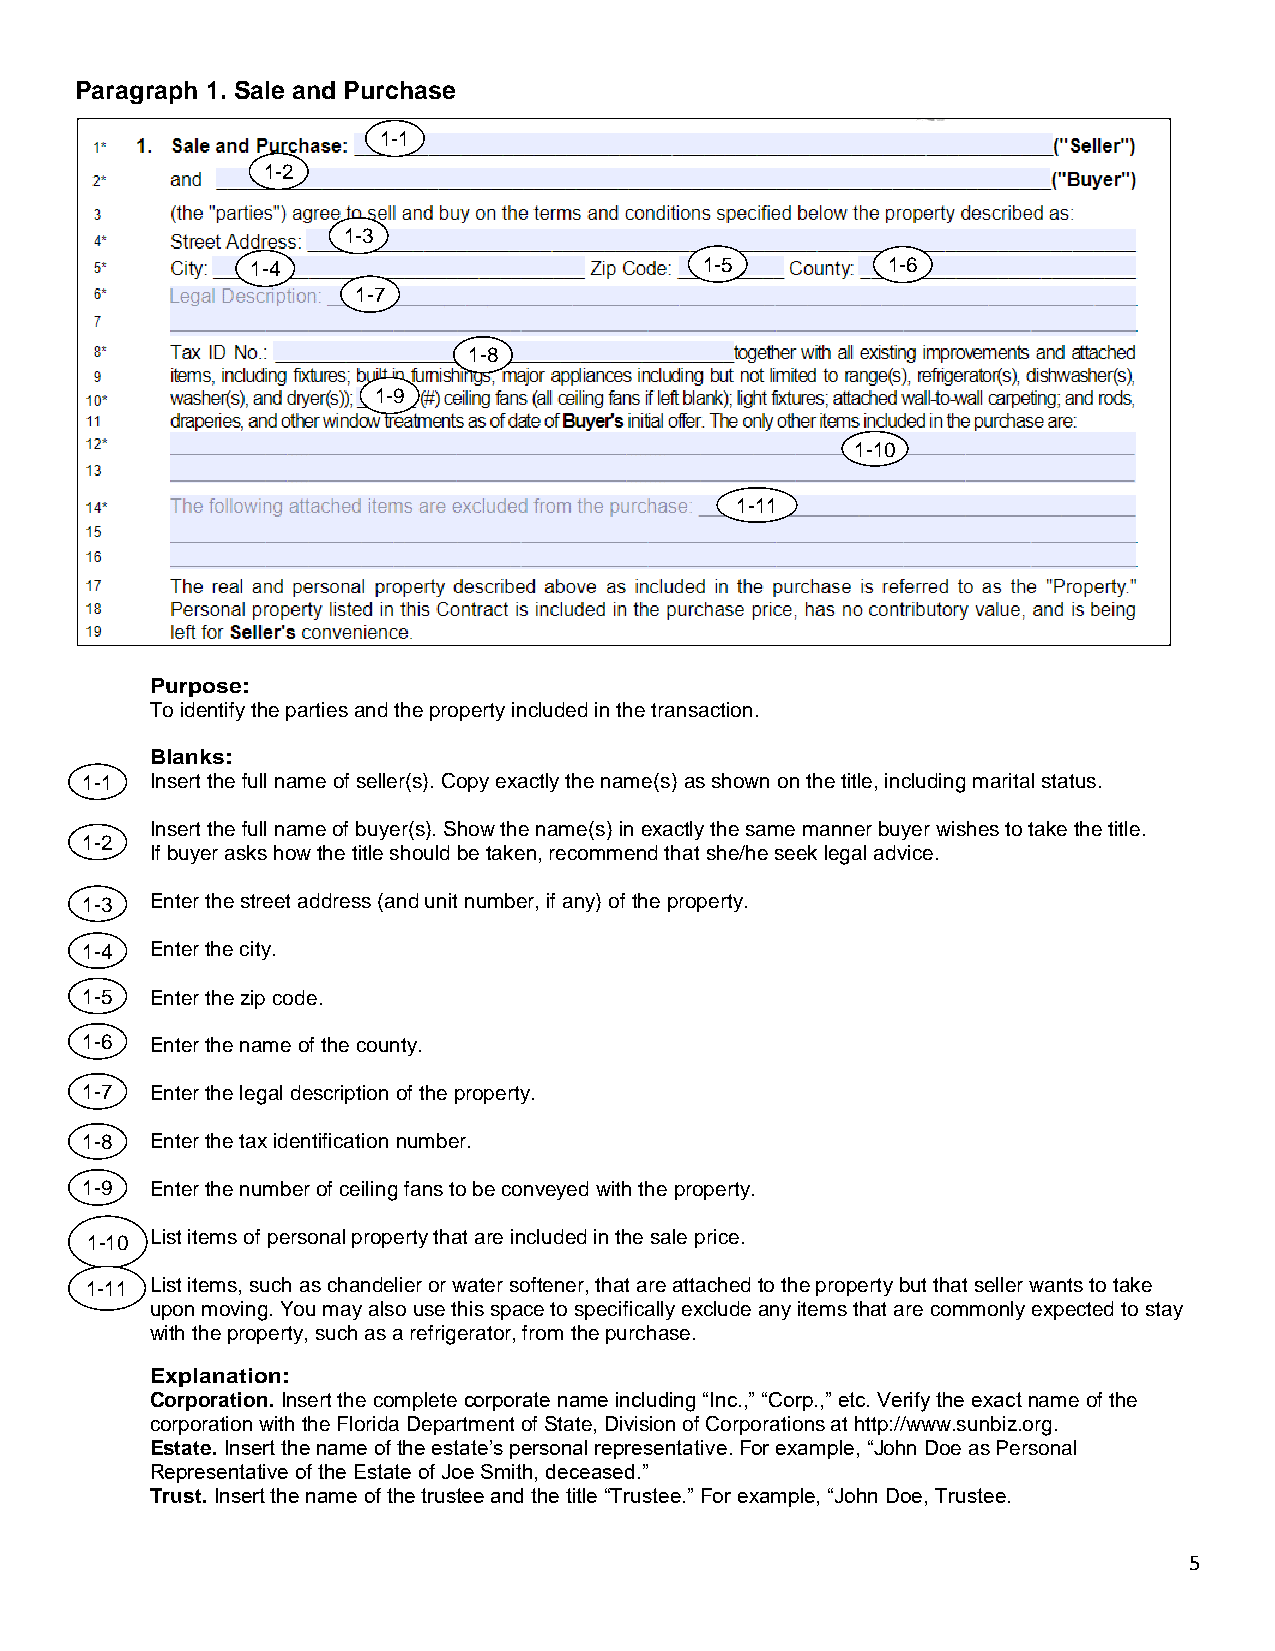
Paragraph 1. Sale and Purchase
 1-1
 1-2
 1-3
 1-4                           1-5         1-6
 1-7
 1-8
 1-9
 1-10
 1-11
 Purpose:
 To identify the parties and the property included in the transaction.
 Blanks:
 1-1  Insert the full name of seller(s). Copy exactly the name(s) as shown on the title, including marital status.
 Insert the full name of buyer(s). Show the name(s) in exactly the same manner buyer wishes to take the title.
 1-2
 If buyer asks how the title should be taken, recommend that she/he seek legal advice.
 1-3  Enter the street address (and unit number, if any) of the property.
 1-4  Enter the city.
 1-5  Enter the zip code.
 1-6  Enter the name of the county.
 1-7  Enter the legal description of the property.
 1-8  Enter the tax identification number.
 1-9  Enter the number of ceiling fans to be conveyed with the property.
 1-10 List items of personal property that are included in the sale price.
 1-11 List items, such as chandelier or water softener, that are attached to the property but that seller wants to take
 upon moving. You may also use this space to specifically exclude any items that are commonly expected to stay
 with the property, such as a refrigerator, from the purchase.
 Explanation:
 Corporation. Insert the complete corporate name including “Inc.,” “Corp.,” etc. Verify the exact name of the
 corporation with the Florida Department of State, Division of Corporations at http://www.sunbiz.org.
 Estate. Insert the name of the estate’s personal representative. For example, “John Doe as Personal
 Representative of the Estate of Joe Smith, deceased.”
 Trust. Insert the name of the trustee and the title “Trustee.” For example, “John Doe, Trustee.
 5